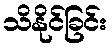
သိနိုင်ခြင်း